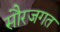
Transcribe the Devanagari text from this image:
सौरजगत